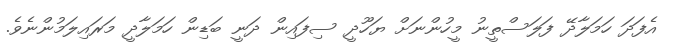
އެފަދަ ހަމަލާދޭ ފަލަސްތީނު މީހުންނަށް ޔަހޫދީ ސިފައިން ދަނީ ބަޑިން ހަމަލާދީ މަރައިލަމުންނެވެ.